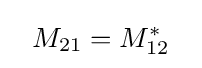
~~M_{21}=M_{12}^{*}~~